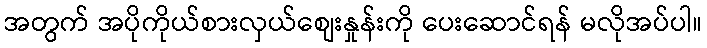
အတွက် အပိုကိုယ်စားလှယ်စျေးနှုန်းကို ပေးဆောင်ရန် မလိုအပ်ပါ။